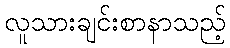
လူသားချင်းစာနာသည့်